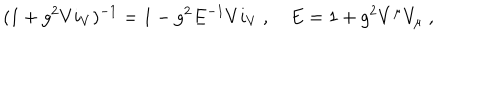
LaTeX: ( 1 + g ^ { 2 } V i _ { V } ) ^ { - 1 } = 1 - g ^ { 2 } E ^ { - 1 } V i _ { V } \ , \quad E = 1 + g ^ { 2 } V ^ { \mu } V _ { \mu } \ ,